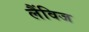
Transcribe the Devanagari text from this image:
लैंविज